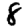
Digit: 8